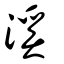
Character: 溪